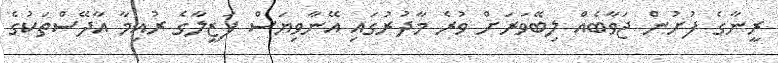
ރީނާގެ ފުށުން ޖަވާބެއް ލިބޭވަރަށް ވުރެ މާދުރުގައި އޭނާވިޔަސް ފަޒީލާގެ ރުއިމާ އާދޭސްތަކުގެ